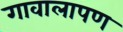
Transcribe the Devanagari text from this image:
गावालापण